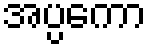
အပ္ပကော